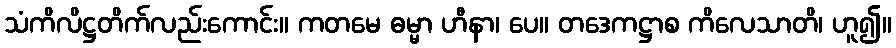
သံကိလိဋ္ဌတိက်လည်းကောင်း။ ကတမေ ဓမ္မာ ဟီနာ၊ ပေ။ တဒေကဋ္ဌာစ ကိလေသာတိ၊ ဟူ၍။